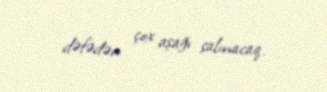
dəfədən çox aşağı salınacaq.